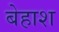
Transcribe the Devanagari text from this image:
बेहाश